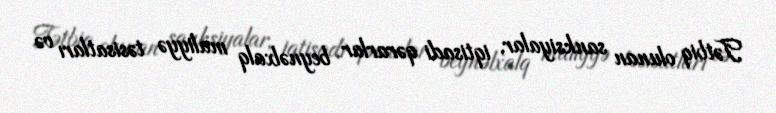
Tətbiq olunan sanksiyalar, iqtisadi qərarlar beynəlxalq maliyyə təsisatları və